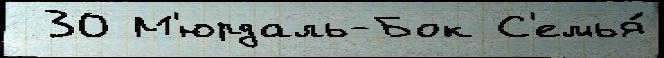
 30 М'юрдаль-Бок С'емья́